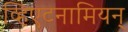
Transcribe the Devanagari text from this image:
व्हिएटनामियन्